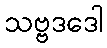
သဗ္ဗဒဒေါ